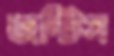
জন্টিস